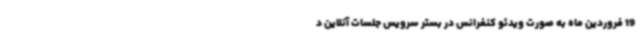
19 فروردین ماه به صورت ویدئو کنفرانس در بستر سرویس جلسات آنلاین د